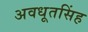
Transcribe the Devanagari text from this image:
अवधूतसिंह